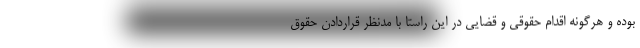
بوده و هرگونه اقدام حقوقی و قضایی در این راستا با مدنظر قراردادن حقوق